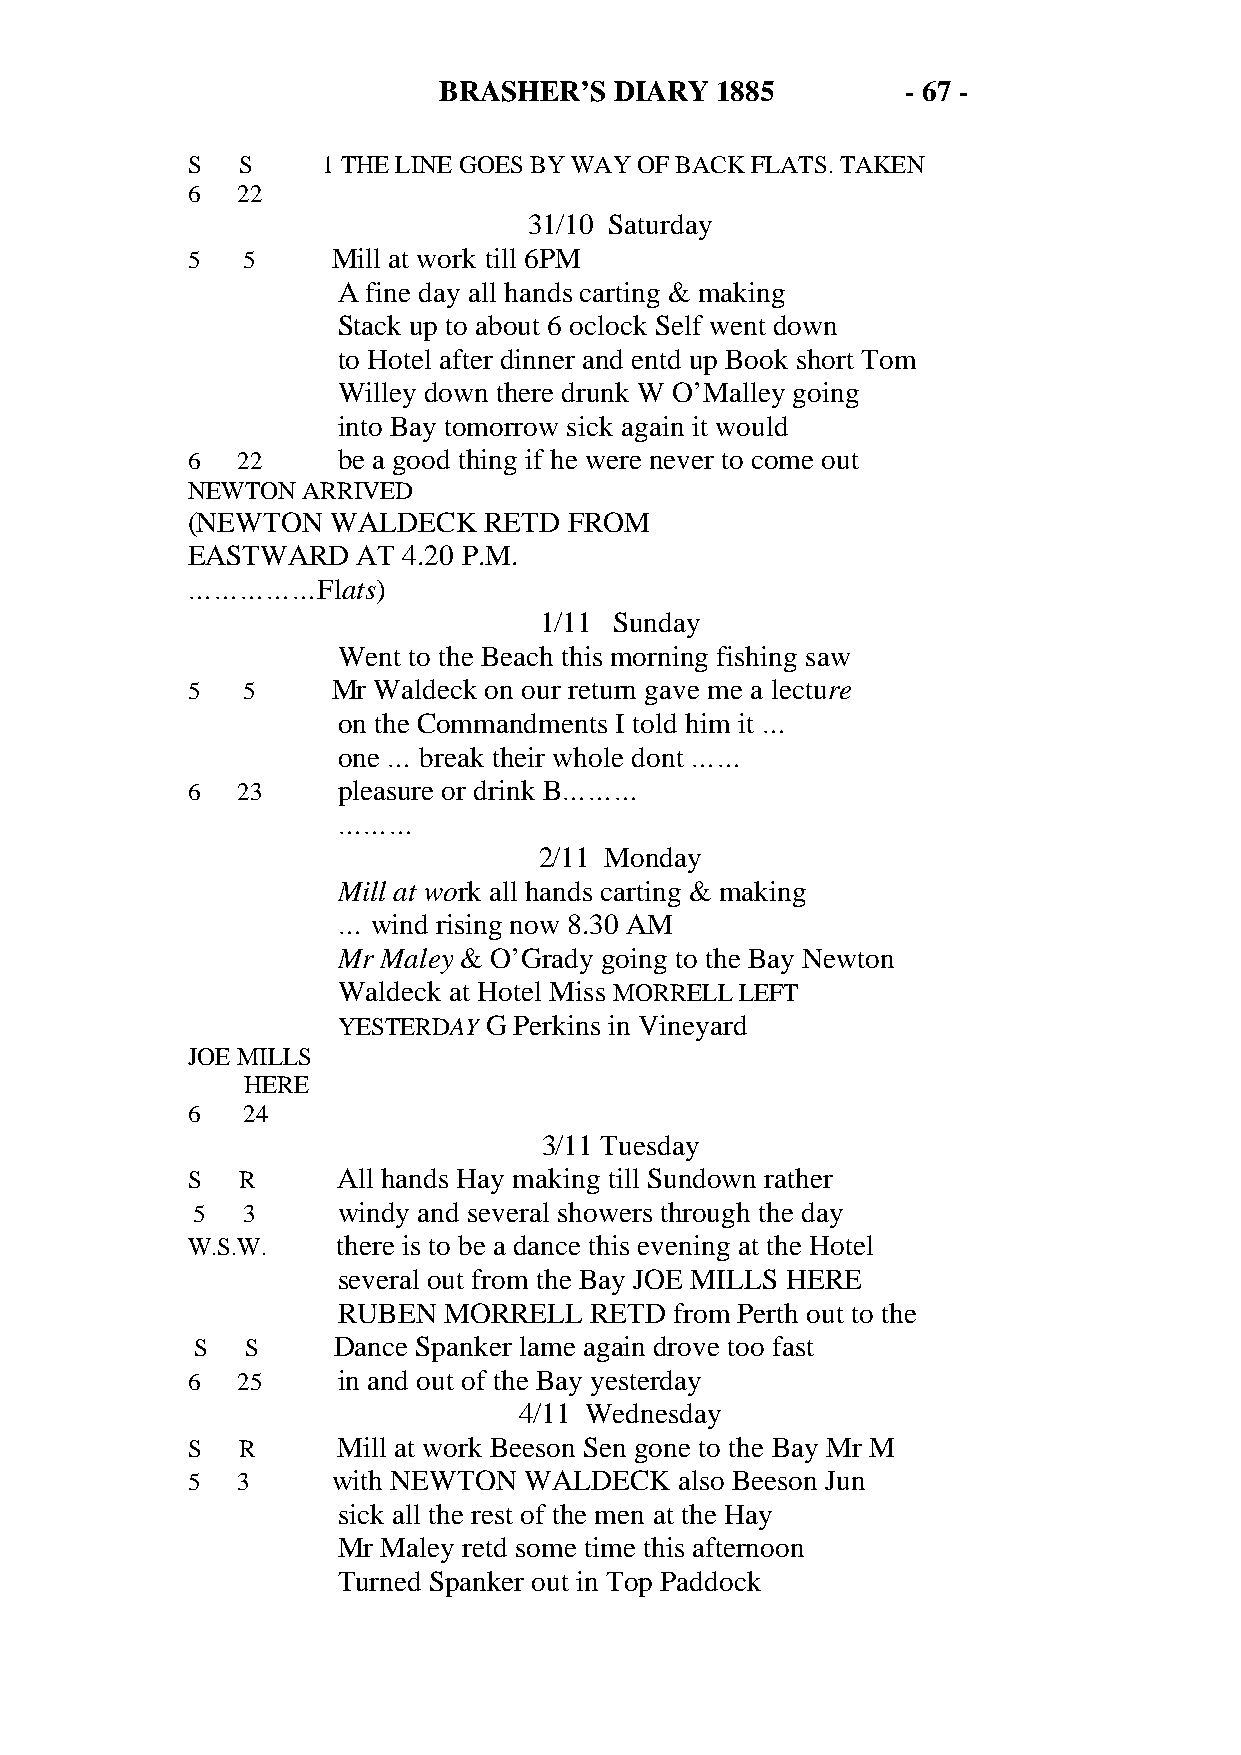
BRASHER’S   DIARY 1885         - 67 -
 S   S    1 THE LINE GOES BY WAY OF BACK FLATS. TAKEN
 6   22
 31/10 Saturday
 5   5     Mill at work till 6PM
 A fine day all hands carting & making
 Stack up to about 6 oclock Self went down
 to Hotel after dinner and entd up Book short Tom
 Willey down there drunk W O’Malley going
 into Bay tomorrow sick again it would
 6   22    be a good thing if he were never to come out
 NEWTON  ARRIVED
 (NEWTON   WALDECK   RETD  FROM
 EASTWARD    AT 4.20 P.M.
 ……………Flats)
 1/11 Sunday
 Went to the Beach this morning fishing saw
 5   5     Mr Waldeck on our return gave me a lecture
 on the Commandments I told him it …
 one … break their whole dont ……
 6   23    pleasure or drink B………
 ………
 2/11 Monday
 Mill at work all hands carting & making
 …  wind rising now 8.30 AM
 Mr Maley & O’Grady going to the Bay Newton
 Waldeck at Hotel Miss MORRELL LEFT
 YESTERDAY G Perkins in Vineyard
 JOE MILLS
 HERE
 6   24
 3/11 Tuesday
 S   R     All hands Hay making till Sundown rather
 5  3     windy and several showers through the day
 W.S.W.    there is to be a dance this evening at the Hotel
 several out from the Bay JOE MILLS HERE
 RUBEN  MORRELL   RETD  from Perth out to the
 S  S     Dance Spanker lame again drove too fast
 6   25    in and out of the Bay yesterday
 4/11 Wednesday
 S   R     Mill at work Beeson Sen gone to the Bay Mr M
 5   3     with NEWTON  WALDECK   also Beeson Jun
 sick all the rest of the men at the Hay
 Mr Maley retd some time this afternoon
 Turned Spanker out in Top Paddock